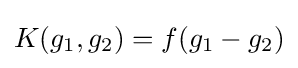
K(g_{1},g_{2})=f(g_{1}-g_{2})